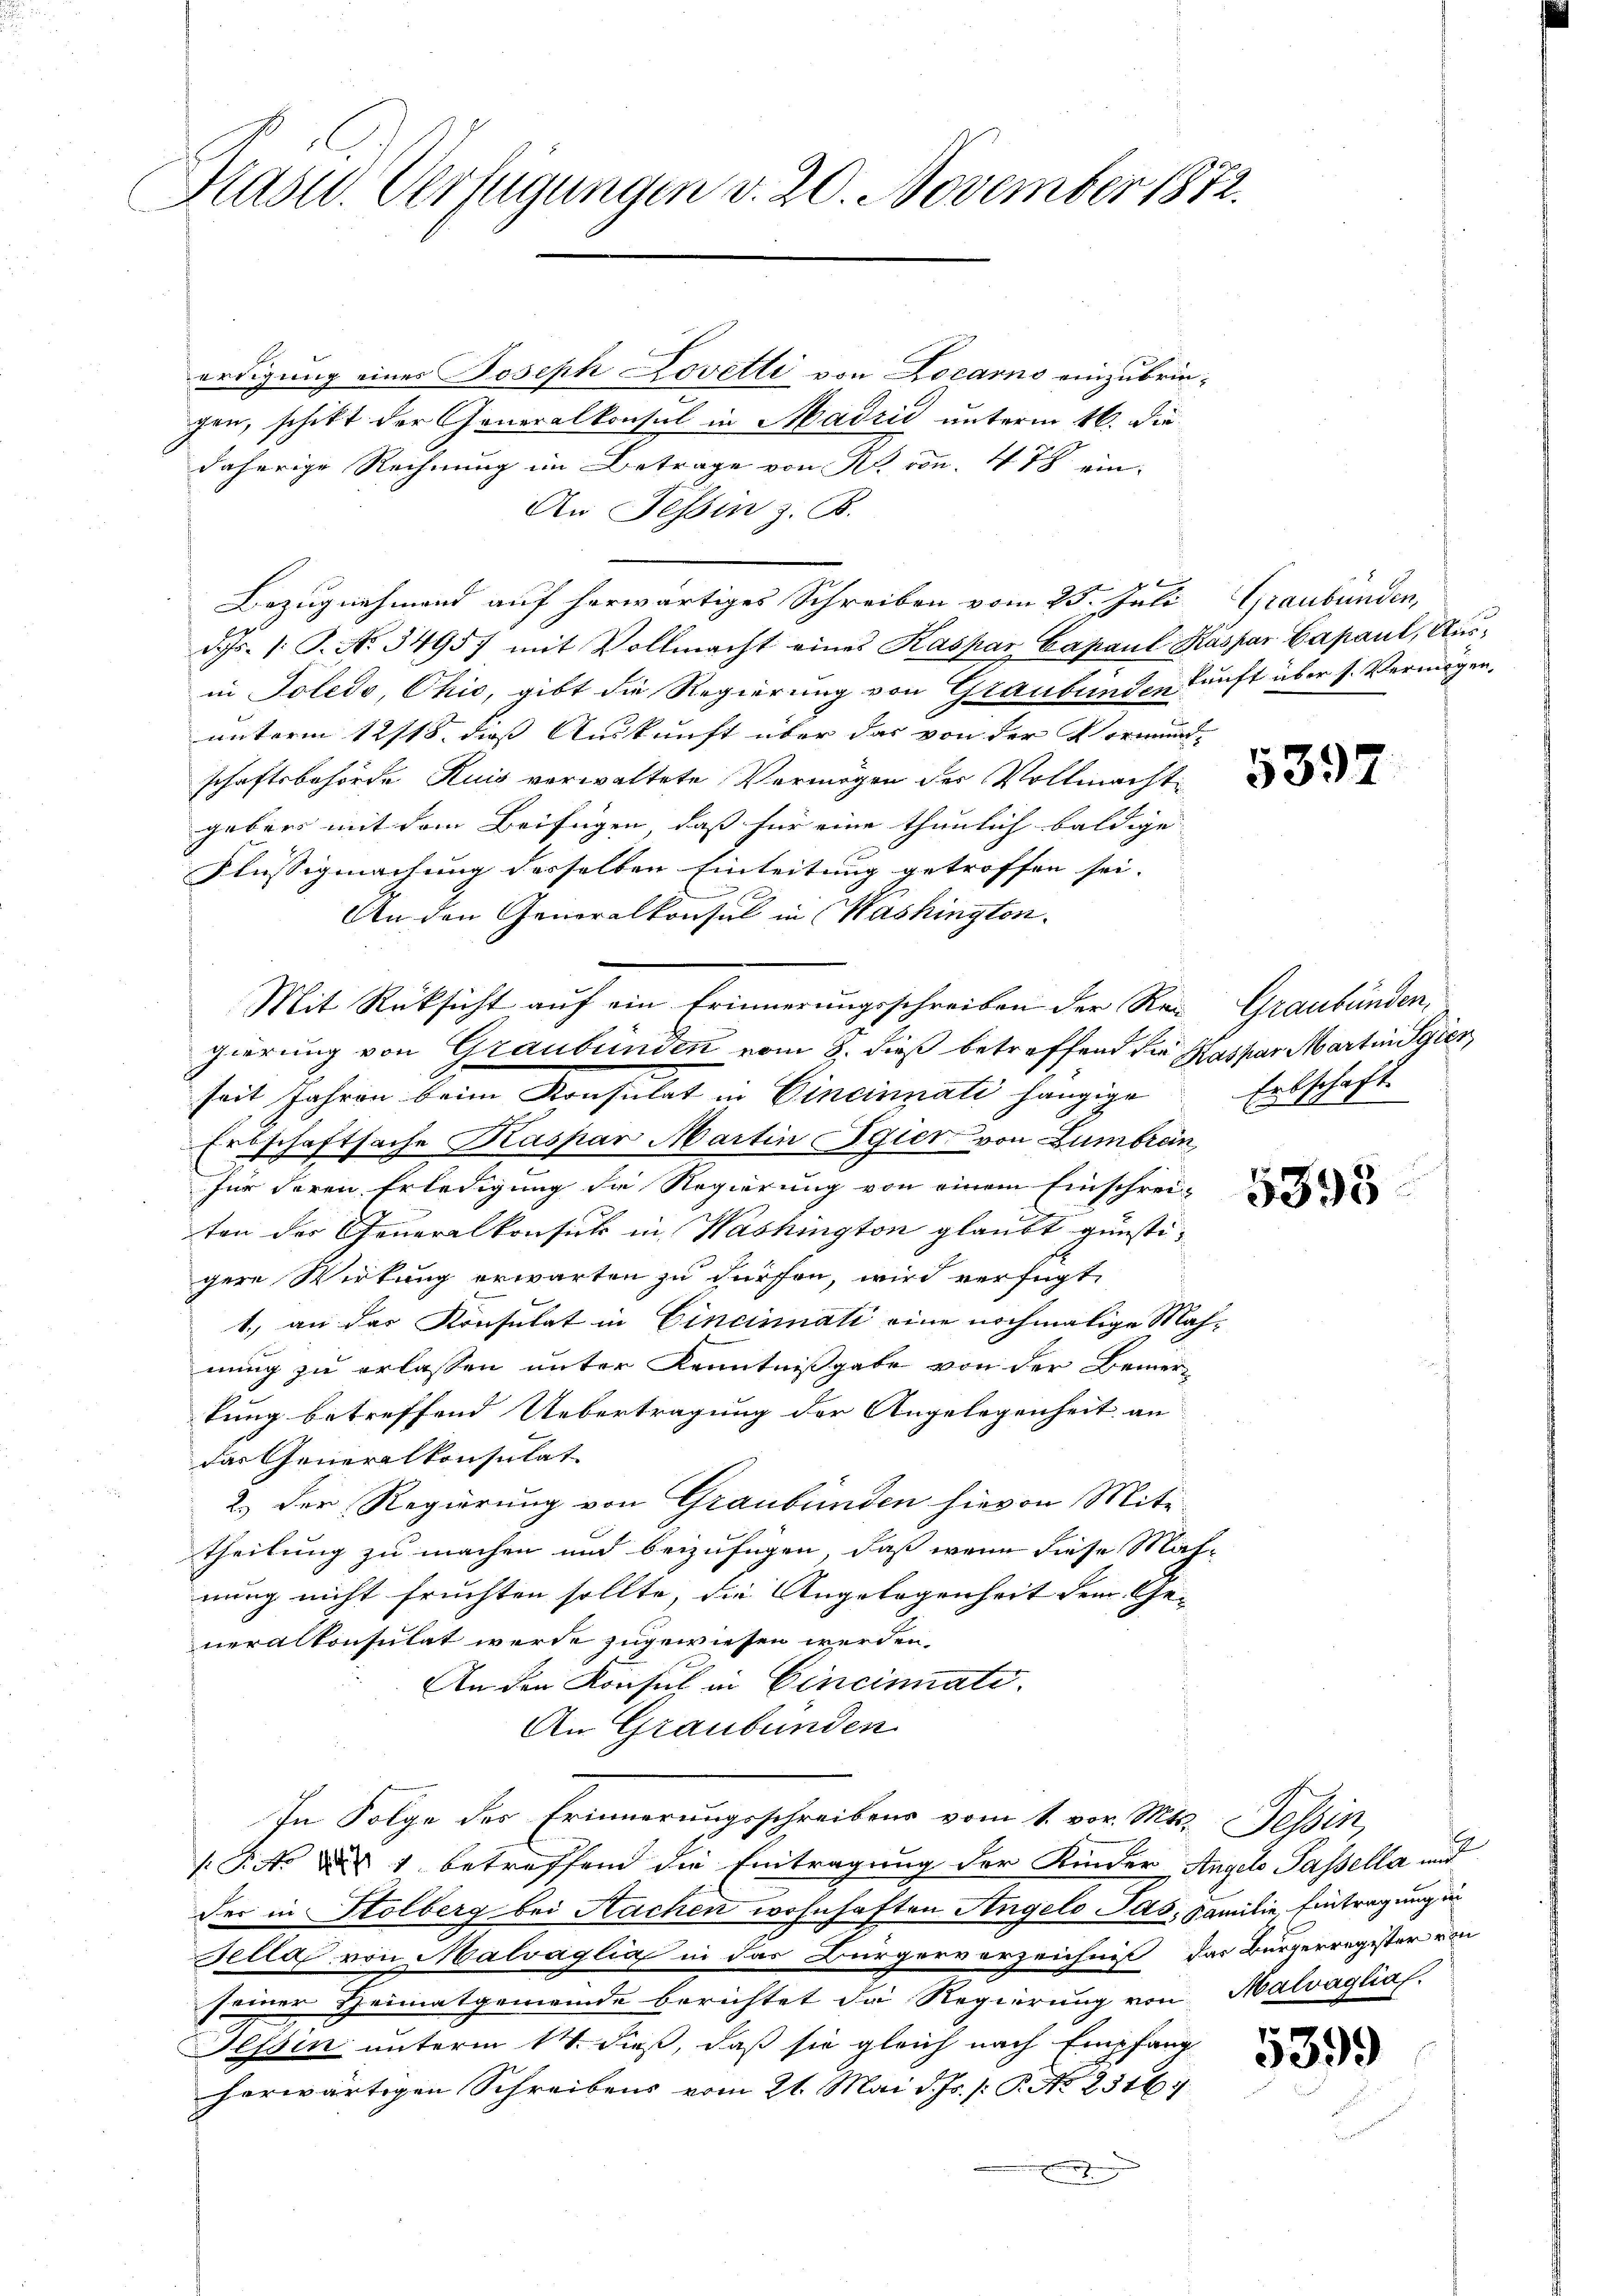
Hasel. Verfügungen v. 20. November 1872.

erdigung eines Joseph Lovetli von Locarno einzubringen, schikt der Generalkonsul in Madrid unterm 16. die
daherige Rechnung im Betrage von N. von 47 ein-
An Tessin z. B.
Bezugnehmend auf herwärtiges Schreiben vom 25. Juli, Graubünden,
ds. 1. P. No. 34957 mit Vollmacht eines Kaspar Capaul Kaspar Capaul, Ausin Toledo, Ohio, gibt die Regierung von Graubünden Zunft über s. Vermögen,
unterm 12/18. dies Auskunft über das von der Vormund-
schaftsbehörde Ruis verwaltete Vermögen der Vollmacht
gebens mit dem Beifügen, daß für eine thunlich baldige
Flüssigmachung derselben Einleitung getroffen sei. |
An den Generalkonsul in Washington.
Mit Rücksicht auf ein Erinnerungsschreiben der Re- Graubünden,
gierung von Graubünden vom 8. daß betreffend die Kaspar Martin Sgier
seit Jahren beim Konsulat in Cincinati hängige
Erbschaftsache Kaspar Martin Egier von Zumbren
für deren Erledigung die Regierung von einem Einschrei-
ten der Generalkonsul in Washington glaubt günsti-
gere Wirkung erwarten zu dürfen, wird verfügt,
1. an der Konsulat in Cincinnati eine nochmalige Mahnung zu erlassen unter Kenntnißgabe von der Bemer-
tung betreffend Uebertragung der Angelegenheit an
das Generalkonsulat
2.) Der Regierung von Graubünden hievon Mite-
theilung zu machen und beizufügen, daß wenn diese Mah-
nung nicht fruchten sollte, die Angelegenheit dem Ge- |
neralkonsulat werde zugewiesen werden.
An den Konsul in Cincinati
An Graubünden
In Folge der Erinnerungsschreibens vom 1. vor. Mts. Tessin,
P.No d. 1 betreffend die Eintragung der Kinder Angels Passella mit
der in Stolberg bei Nachen wohnhaften Angelo Pas, Familie, Eintragung un
Felix von Malvaglia in das Bürgerverzeichnis das Bürgerregister von
seiner Heimatgemeinde berichtet da Regierung von Malvaglia.
Tessin unterm 14. dieß, daß sie gleich nach Empfang
herwärtigen Schreibens vom 21. Mai d. Js. p. P. No. 23167
uungen

5392

Erbschaft.

5395

5399